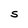
Character: s